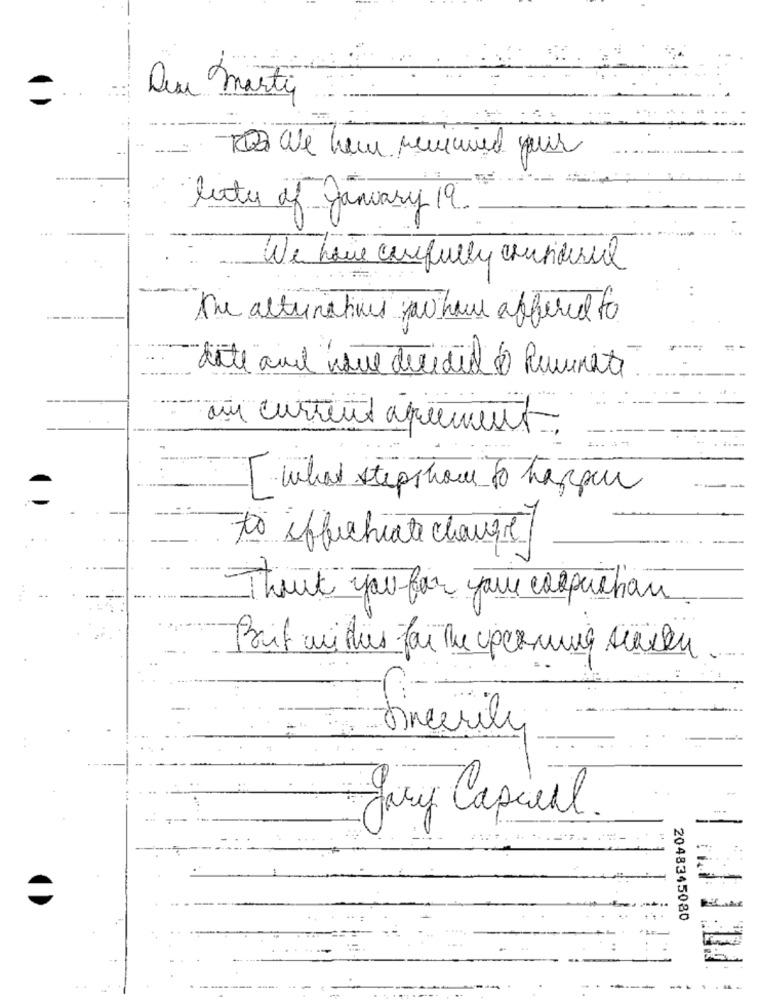
Deu marti
We hem remimied pour
leite of January 19.
We have carefully considersal
the alternatives now have offered to
date and have decided & Ruminate
au current agrement
[ what step how To happen
to effectuate change?
Thank you for your corpushan .
Part mitles for the upcoming senken
...
Jury Capcell .
2048345080
-